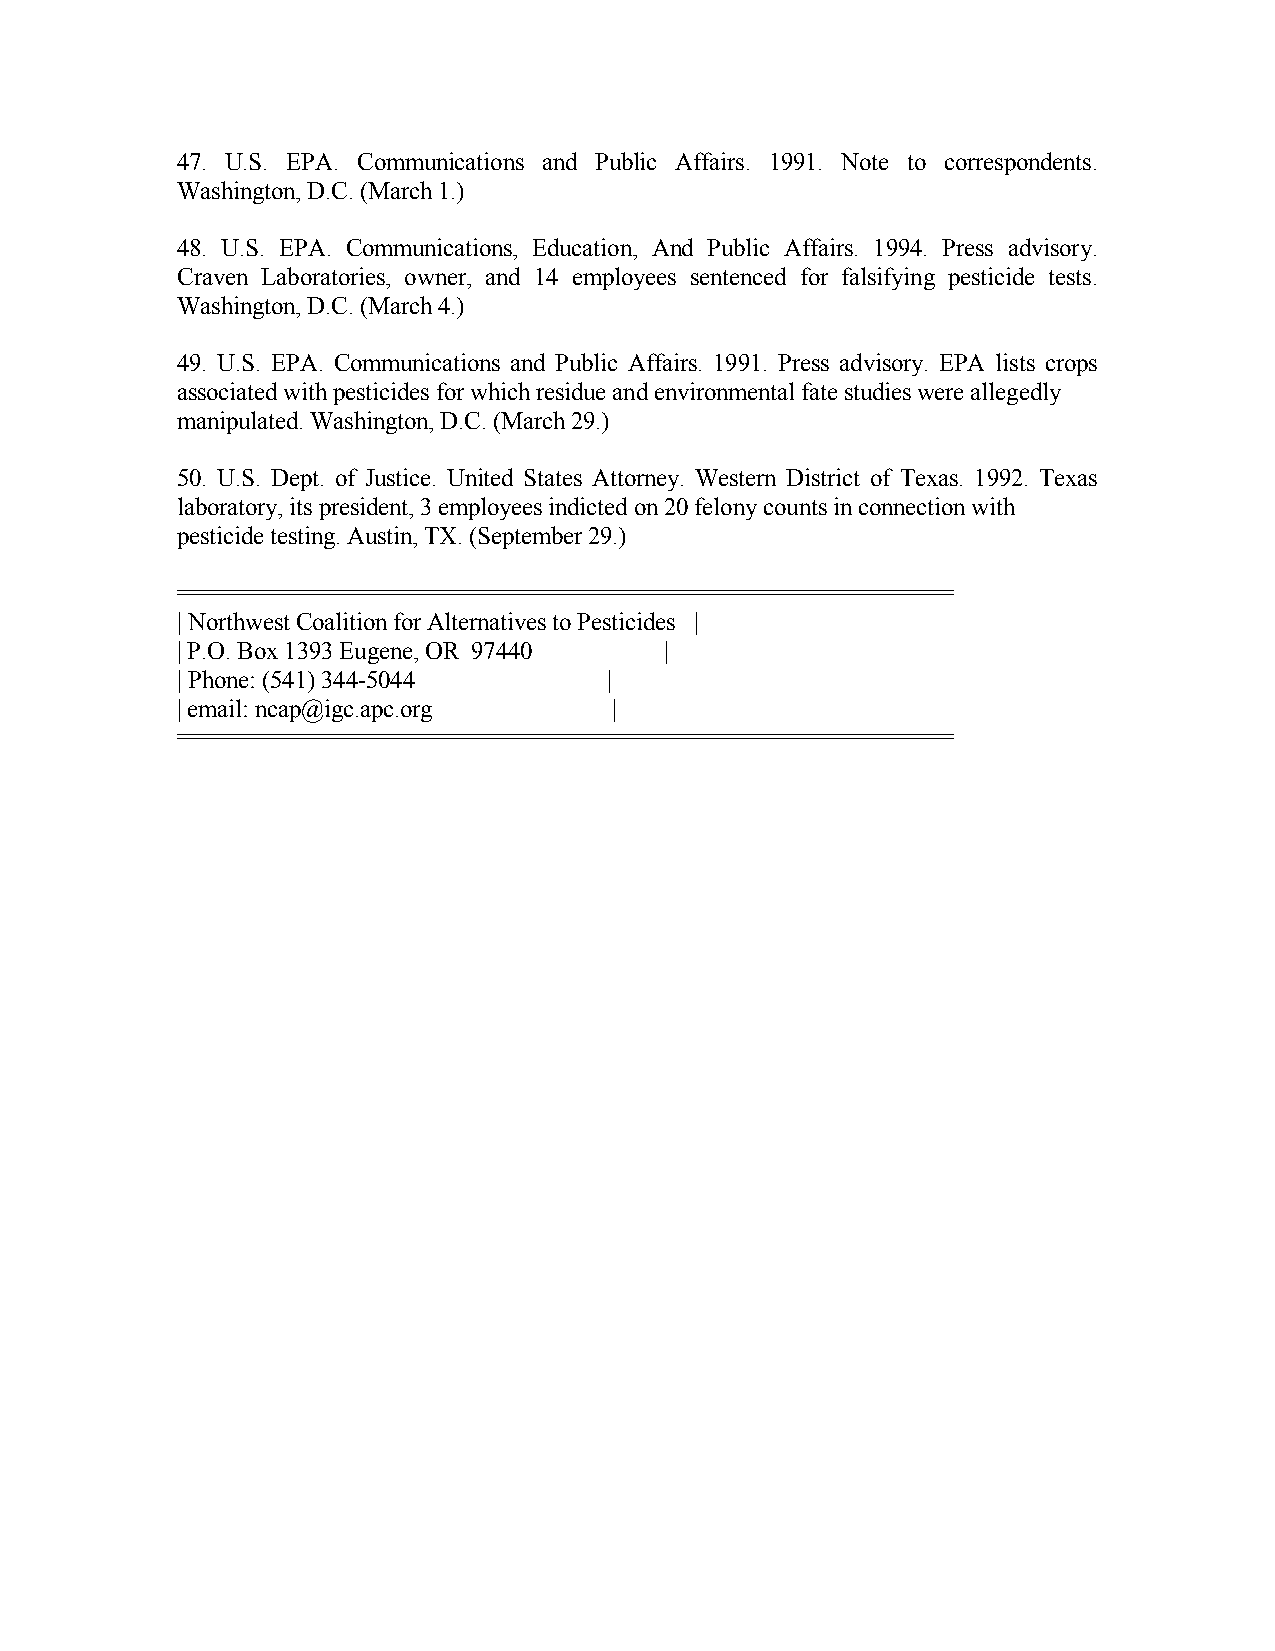
47. U.S. EPA. Communications and Public Affairs. 1991. Note to correspondents.
 Washington, D.C. (March 1.)
 48. U.S. EPA. Communications, Education, And Public Affairs. 1994. Press advisory.
 Craven Laboratories, owner, and 14 employees sentenced for falsifying pesticide tests.
 Washington, D.C. (March 4.)
 49. U.S. EPA. Communications and Public Affairs. 1991. Press advisory. EPA lists crops
 associated with pesticides for which residue and environmental fate studies were allegedly
 manipulated. Washington, D.C. (March 29.)
 50. U.S. Dept. of Justice. United States Attorney. Western District of Texas. 1992. Texas
 laboratory, its president, 3 employees indicted on 20 felony counts in connection with
 pesticide testing. Austin, TX. (September 29.)
 ========================================================
 | Northwest Coalition for Alternatives to Pesticides |
 | P.O. Box 1393 Eugene, OR 97440 |
 | Phone: (541) 344-5044     |
 | email: ncap@igc.apc.org    |
 ========================================================